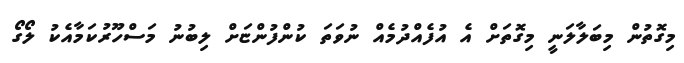
މިގޮތުން މިބަލާލަނީ މިގޮތަށް އެ އުފެއްދުމެއް ނުވަތަ ކުންފުންޏަށް ލިބުނު މަސްހޫރުކަމާއެކު ލޯގޯ